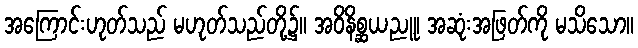
အကြောင်းဟုတ်သည် မဟုတ်သည်တို့၌။ အဝိနိစ္ဆယညူ၊ အဆုံးအဖြတ်ကို မသိသော။